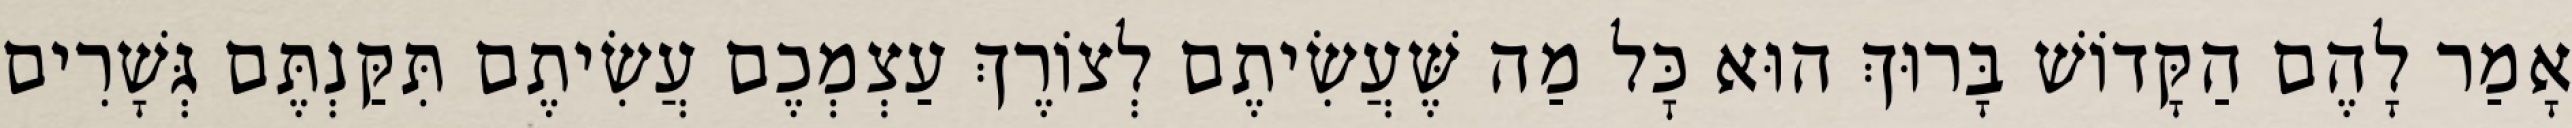
אָמַר לָהֶם הַקָּדוֹשׁ בָּרוּךְ הוּא כׇּל מַה שֶּׁעֲשִׂיתֶם לְצוֹרֶךְ עַצְמְכֶם עֲשִׂיתֶם תִּקַּנְתֶּם גְּשָׁרִים